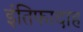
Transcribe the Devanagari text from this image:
इंतिफादाह